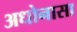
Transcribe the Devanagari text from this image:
अधोनासा